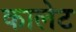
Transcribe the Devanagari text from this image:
कालेट